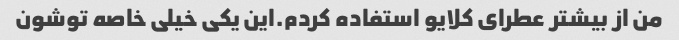
من از بیشتر عطرای کلایو استفاده کردم.این یکی خیلی خاصه توشون